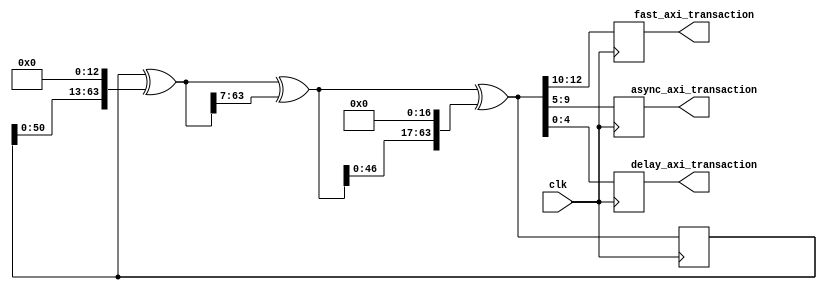
/*
 *  PicoRV32 -- A Small RISC-V (RV32I) Processor Core
 *
 *  Copyright (C) 2015  Clifford Wolf <clifford@clifford.at>
 *
 *  Permission to use, copy, modify, and/or distribute this software for any
 *  purpose with or without fee is hereby granted, provided that the above
 *  copyright notice and this permission notice appear in all copies.
 *
 *  THE SOFTWARE IS PROVIDED "AS IS" AND THE AUTHOR DISCLAIMS ALL WARRANTIES
 *  WITH REGARD TO THIS SOFTWARE INCLUDING ALL IMPLIED WARRANTIES OF
 *  MERCHANTABILITY AND FITNESS. IN NO EVENT SHALL THE AUTHOR BE LIABLE FOR
 *  ANY SPECIAL, DIRECT, INDIRECT, OR CONSEQUENTIAL DAMAGES OR ANY DAMAGES
 *  WHATSOEVER RESULTING FROM LOSS OF USE, DATA OR PROFITS, WHETHER IN AN
 *  ACTION OF CONTRACT, NEGLIGENCE OR OTHER TORTIOUS ACTION, ARISING OUT OF
 *  OR IN CONNECTION WITH THE USE OR PERFORMANCE OF THIS SOFTWARE.
 *
 *  testcase initreg (initial register test) based on axi4_memory.v
 */

module initreg #(
	parameter AXI_TEST = 0,
	parameter VERBOSE = 0
) (
	/* verilator lint_off MULTIDRIVEN */

	input             clk,
	output reg [2:0] fast_axi_transaction,
	output reg [4:0] async_axi_transaction,
	output reg [4:0] delay_axi_transaction
);
	reg [31:0]   memory [0:64*1024/4-1] /* verilator public */;
	reg verbose;

	reg [63:0] xorshift64_state = 64'd88172645463325252;

	task xorshift64_next;
		begin
			// see page 4 of Marsaglia, George (July 2003). "Xorshift RNGs". Journal of Statistical Software 8 (14).
			xorshift64_state = xorshift64_state ^ (xorshift64_state << 13);
			xorshift64_state = xorshift64_state ^ (xorshift64_state >>  7);
			xorshift64_state = xorshift64_state ^ (xorshift64_state << 17);
		end
	endtask

	always @(posedge clk) begin
		begin
				xorshift64_next;
				{fast_axi_transaction, async_axi_transaction, delay_axi_transaction} <= xorshift64_state[12:0];
		end
	end

endmodule